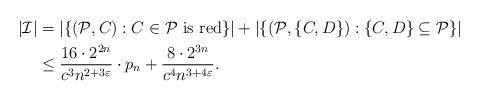
LaTeX: \begin{align*}\left|\mathcal{I}\right| & =\left|\{(\mathcal{P},C):C\in\mathcal{P}\mbox{ is red}\}\right|+\left|\{(\mathcal{P},\{C,D\}):\{C,D\}\subseteq\mathcal{P}\}\right|\\& \leq\frac{16\cdot2^{2n}}{c^{3}n^{2+3\varepsilon}}\cdot p_{n}+\frac{8\cdot2^{3n}}{c^{4}n^{3+4\varepsilon}}.\end{align*}